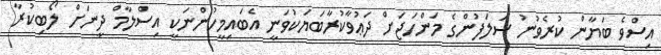
އިސްވެ ބަޔާން ކުރެވުނު ސަލަފުންގެ މަންހަޖަށް ދަޢުވާކުރާބަޔަކުވަނީ އެބައިމީހުންނަކީ އިސްލާމް ދީނަށް ލޯބިކުރާ